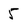
Character: 5